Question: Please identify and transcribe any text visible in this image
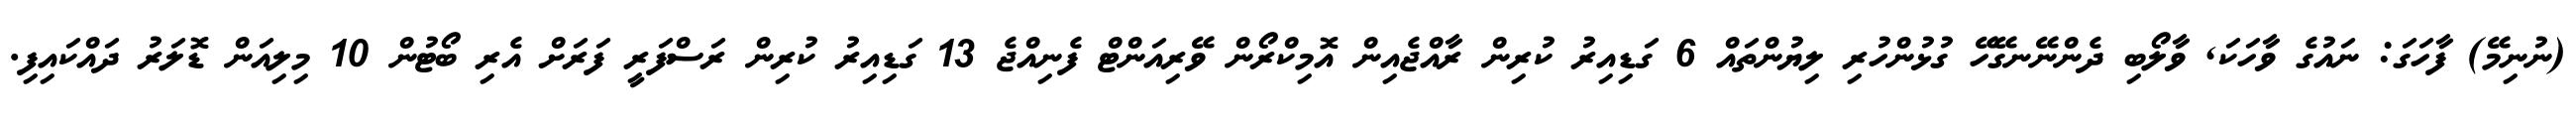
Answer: (ނުނިމޭ) ފާހަގަ: ނައުގެ ވާހަކަ, ވާލޯބި ދެންނޭނގޭހޭ ގުޅުންހުރި ލިޔުންތައް 6 ގަޑިއިރު ކުރިން ރާއްޖެއިން އޮމިކްރޯން ވޭރިއަންޓް ފެނިއްޖެ 13 ގަޑިއިރު ކުރިން ރަސްފަރީ ފަރަށް އެރި ބޯޓުން 10 މިލިއަން ޑޮލަރު ދައްކައިފި.